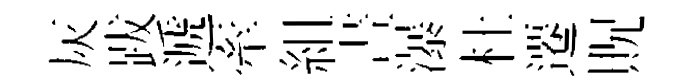
灰跋遞牽組晝瀑杜遷貺